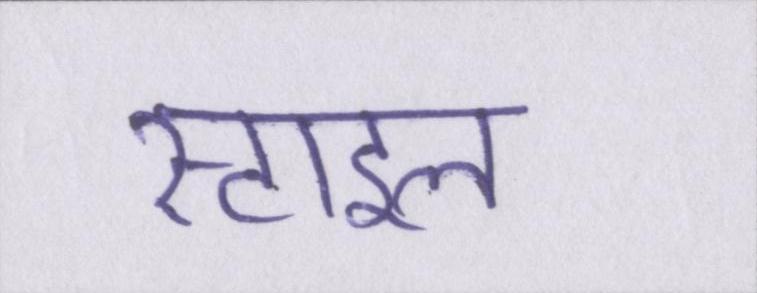
स्टाइल